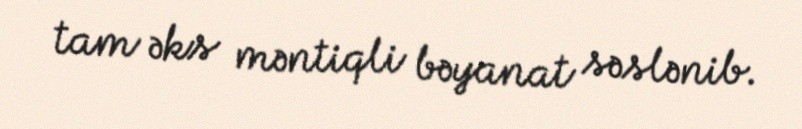
tam əks məntiqli bəyanat səslənib.